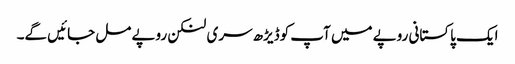
ایک پاکستانی روپے میں آپ کوڈیڑھ سری لنکن روپے مل جائیں گے۔